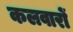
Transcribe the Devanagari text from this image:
कलवारों